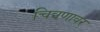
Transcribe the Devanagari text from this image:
चित्रणावर